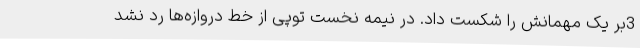
3بر یک مهمانش را شکست داد. در نیمه نخست توپی از خط دروازه‌ها رد نشد